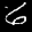
Label: 6